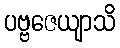
ပဗ္ဗဇေယျာသိ